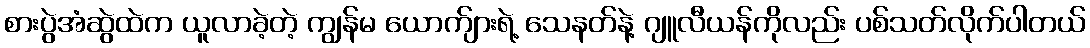
စားပွဲအံဆွဲထဲက ယူလာခဲ့တဲ့ ကျွန်မ ယောက်ျားရဲ့ သေနတ်နဲ့ ဂျူလီယန်ကိုလည်း ပစ်သတ်လိုက်ပါတယ်